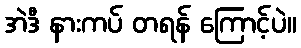
အဲဒီ နားကပ် တရန် ကြောင့်ပဲ။